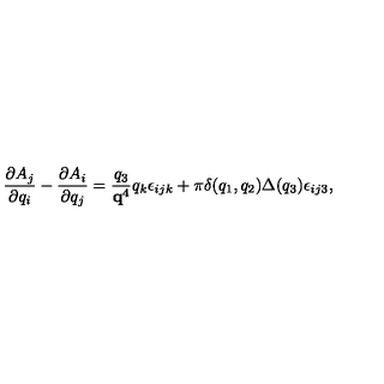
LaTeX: \frac { \partial A _ { j } } { \partial q _ { i } } - \frac { \partial A _ { i } } { \partial q _ { j } } = \frac { q _ { 3 } } { { \bf q } ^ { 4 } } q _ { k } \epsilon _ { i j k } + \pi \delta ( q _ { 1 } , q _ { 2 } ) \Delta ( q _ { 3 } ) \epsilon _ { i j 3 } ,